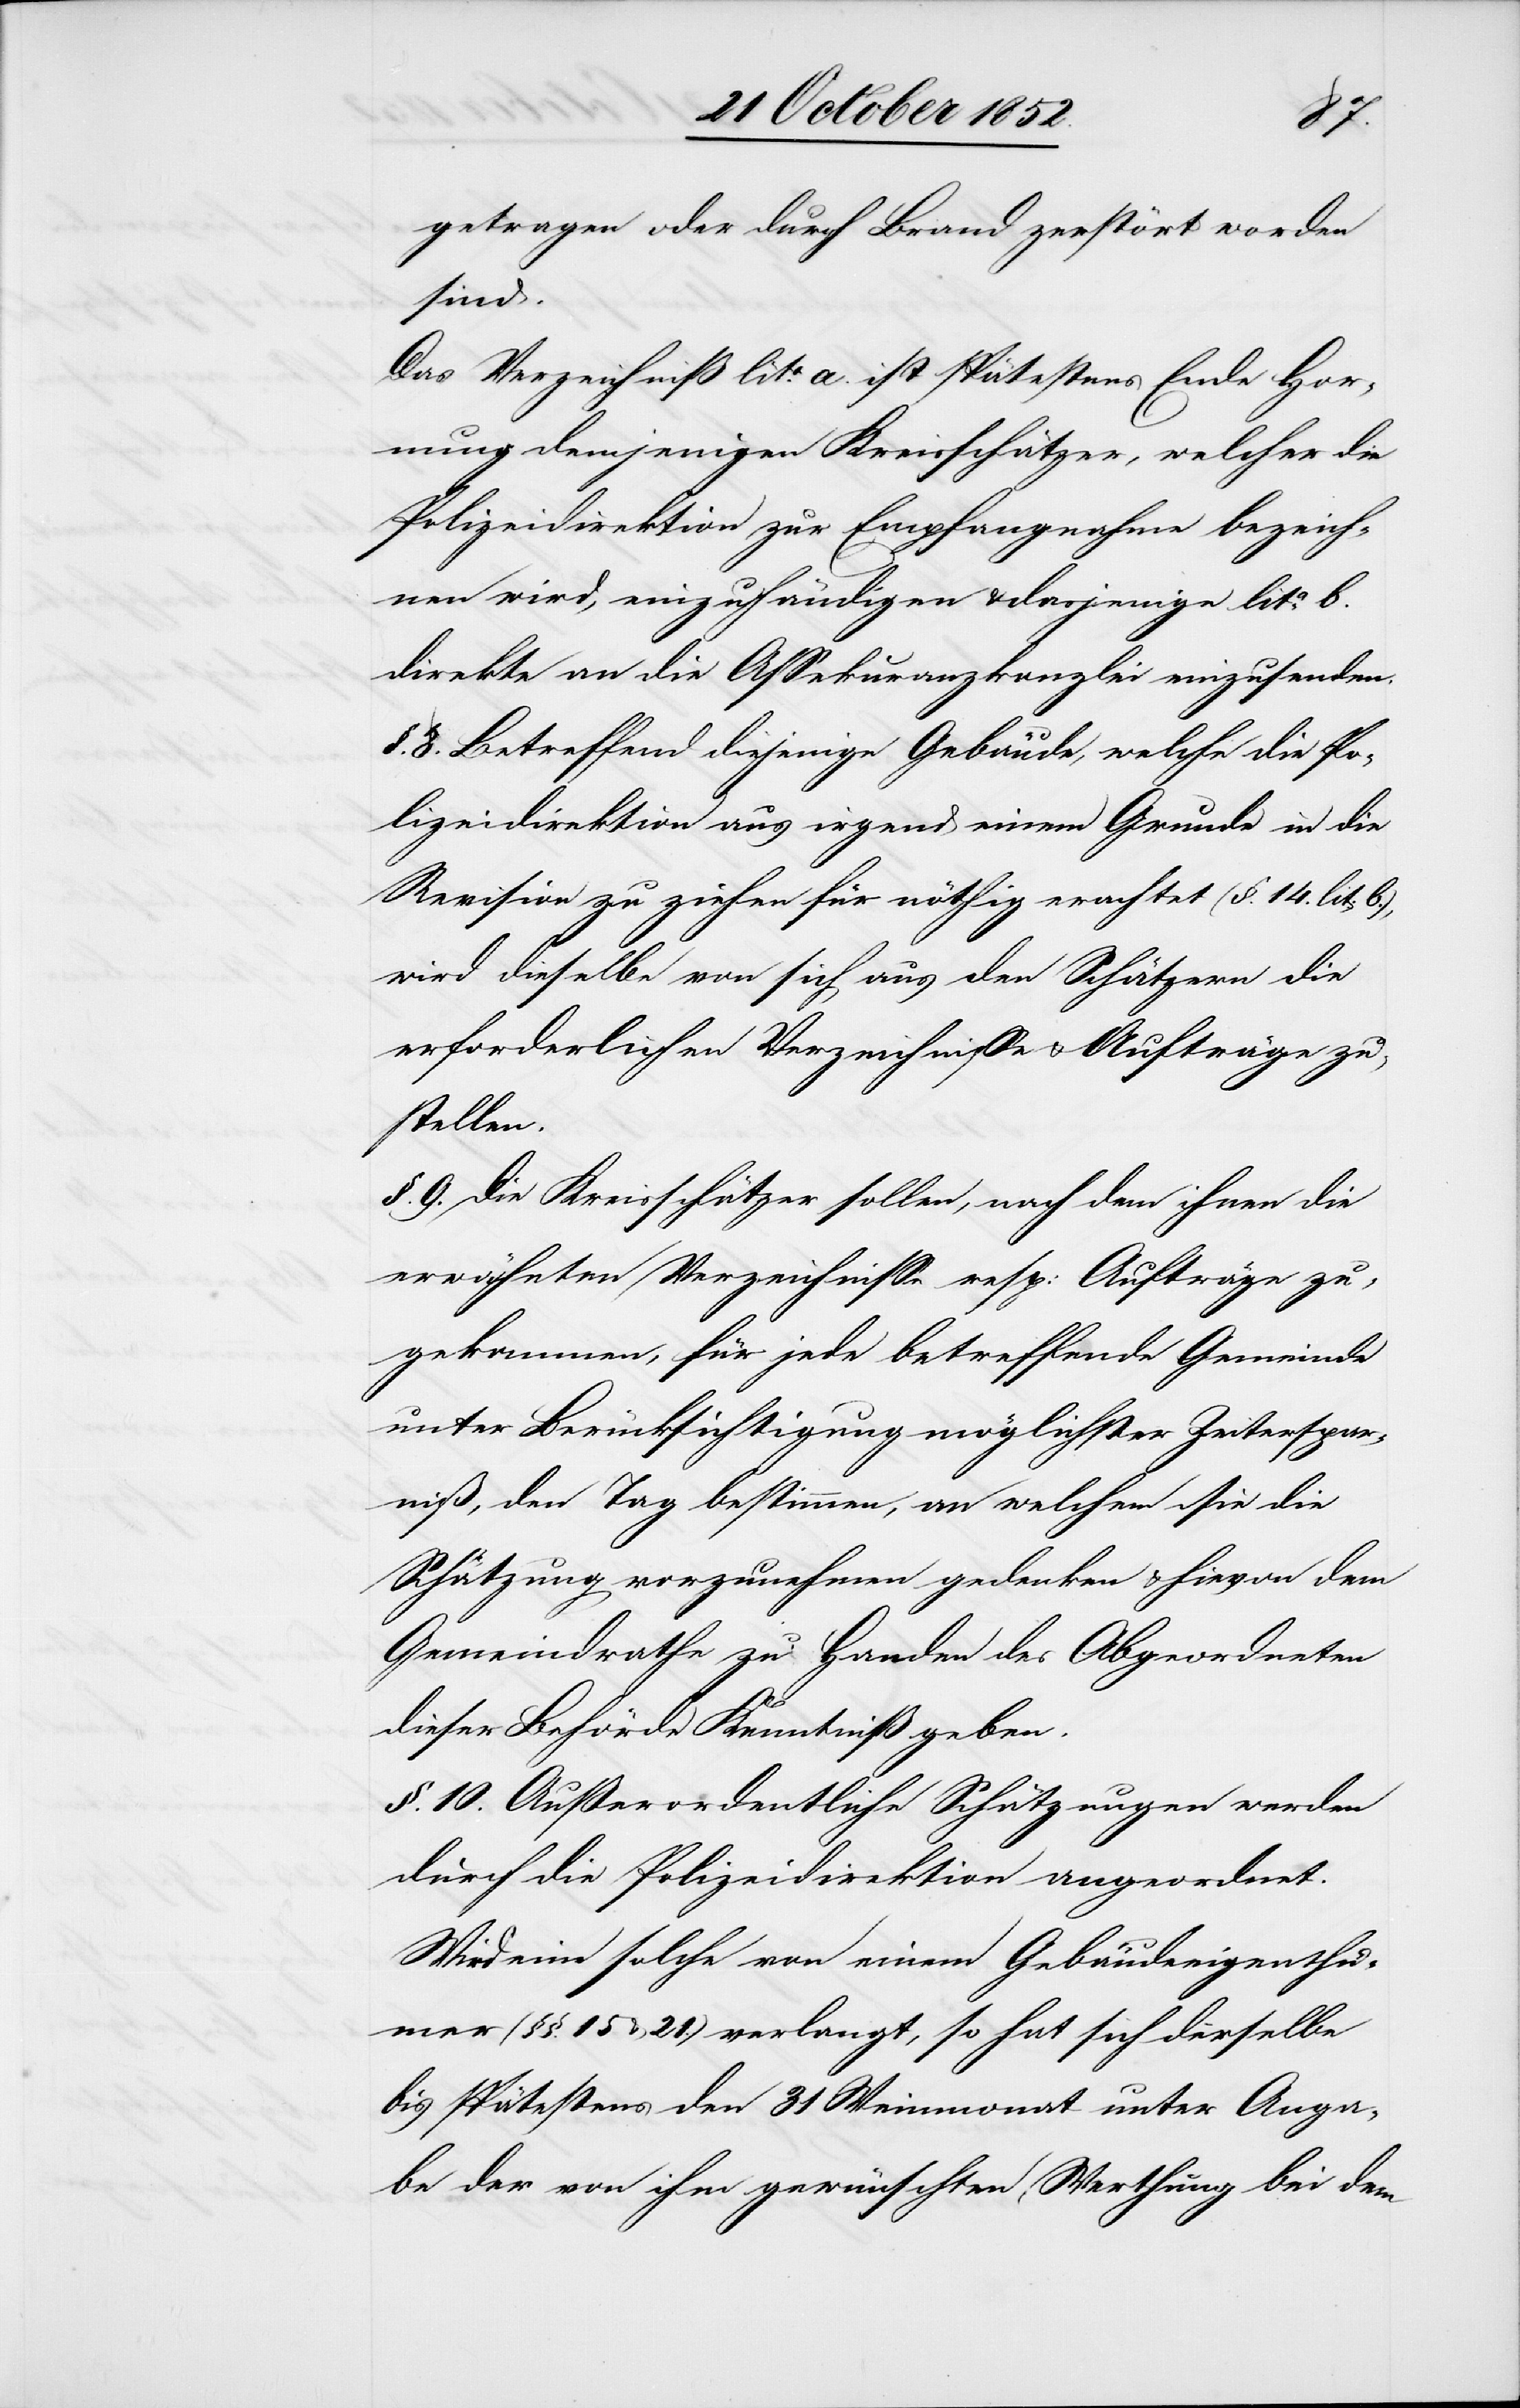
getragen oder durch Brand zerstört worden
sind.
Das Verzeichniß lita. a. ist spätestens Ende Hor¬
nung demjenigen Kreisschätzer, welcher die
Polizeidirektion zur Empfangnahme bezeich¬
nen wird, einzuhändigen & dasjenige lita. b.
direkte an die Assekuranzkanzlei einzusenden.
8. Betreffend diejenige Gebäude, welche die Po¬
lizeidirektion aus irgend einem Grunde in die
Revision zu ziehen für nöthig erachtet (§. 14. lit: b.),
wird dieselbe von sich aus den Schätzern die
erforderlichen Verzeichnisse & Aufträge zu¬
stellen.
§. 9. Die Kreisschätzer sollen, nach dem [recte:
erwähnten Verzeichnisse resp: Aufträge zu¬
gekommen, für jede betreffende Gemeinde
unter Berücksichtigung möglichster Zeiterspar¬
niß, den Tag bestimmen, an welchem sie die
Schätzung vorzunehmen gedenken & hievon dem
Gemeindrathe zu Handen des Abgeordneten
dieser Behörde Kenntniß geben.
§. 10. Außerordentliche Schätzungen werden
durch die Polizeidirektion angeordnet.
Wird eine solche von einem Gebäudeeigenthü¬
mer (§§. 15 & 21.) verlangt, so hat sich derselbe
bis spätestens den 31 Weinmonat unter Anga¬
be der von ihm gewünschten Werthung bei dem